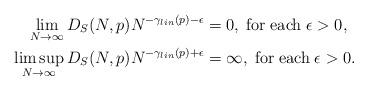
LaTeX: \begin{align*}\lim_{N \rightarrow \infty} D_{S}(N,p)N^{-\gamma_{lin}(p)-\epsilon}& =0,\; \mathrm{for}\; \mathrm{each} \; \epsilon>0,\\\limsup_{N \rightarrow \infty} D_{S}(N,p)N^{-\gamma_{lin}(p)+\epsilon}& =\infty,\; \mathrm{for}\; \mathrm{each} \; \epsilon>0.\end{align*}